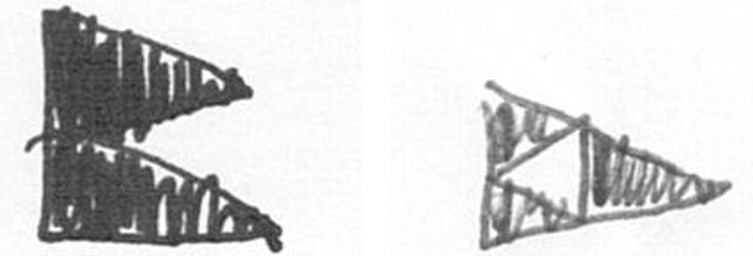
P K